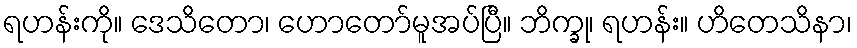
ရဟန်းကို။ ဒေသိတော၊ ဟောတော်မူအပ်ပြီ။ ဘိက္ခု၊ ရဟန်း။ ဟိတေသိနာ၊